Lunatic asylums in Bengal annual reports 1899-1911 - 1899-1911
Year: 1899
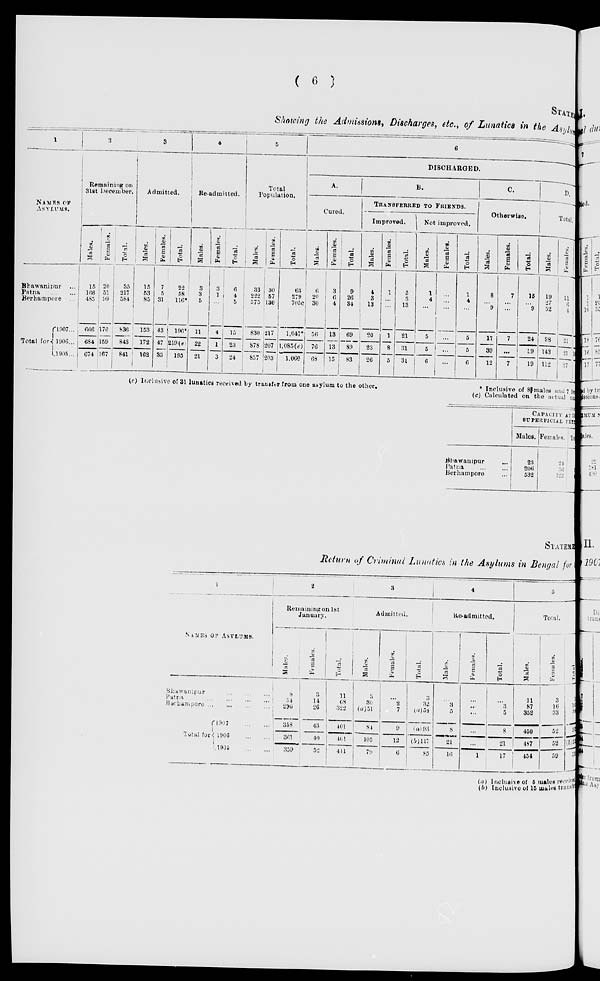
( 6 )
STATEMENT
Showing the Admissions, Discharges, etc., of Lunatics in the Asylum
1
NAMES OF
ASYLUMS.
Bhawanipur ...
Patna
...
...
Berhampore ...
Total for
1907...
1906...
1905...
2
Remaining on
31st December.
Males.
15
166
485
666
684
674
Females.
20
51
99
170
159
167
Total.
35
217
584
836
843
841
3
Admitted.
Males.
15
53
85
153
172
162
Females.
7
5
31
43
47
33
Total.
22
58
116*
196*
219(e)
195
4
Re-admitted.
Males.
3
3
5
11
22
21
Females.
3
1
...
4
1
3
Total.
6
4
5
15
23
24
5
Total
Population.
Males.
33
222
575
830
878
857
Females.
30
57
130
217
207
203
Total.
63
279
705c
1,047*
1,085(e)
1,060
6
DISCHARGED.
A.
Cured.
Males.
6
20
30
56
76
68
Females.
3
6
4
13
13
15
Total.
9
26
34
69
89
83
B.
TRANSFERRED TO FRIENDS.
Improved.
Males.
4
3
13
20
23
26
Females.
1
...
...
1
8
5
Total.
5
3
13
21
31
31
Not improved.
Males.
1
4
...
5
5
6
Females.
...
...
...
...
...
...
Total.
1
4
...
5
5
6
C.
Otherwise.
Males.
8
...
9
17
39
12
Females.
7
...
...
7
...
7
Total.
15
...
9
24
39
19
D.
Total.
Males.
19
27
52
98
143
112
Females.
11
6
4
21
21
27
(e) Inclusive of 31 lunatics received by transfer from one asylum to the other.
* Inclusive of 8 males and 7 fe-
(c) Calculated on the actual nu
Bhawanipur
...
Patna
...
...
Berhampore ...
CAPACITY AT 5
SUPERFICIAL FEET
Males.
23
206
532
Females.
24
56
122
Total.
47
262
654
STATEMENT
Return of Criminal Lunatics in the Asylums in Bengal for
1
NAMES OF ASYLUMS.
Bhawanipur
...
...
...
Patna
...
...
...
...
Berhampore ... ... ... ...
Total for
1907 ... ...
1906 ... ...
1905 ... ...
2
Remaining on 1st
January.
Males.
8
54
296
358
361
359
Females.
3
14
26
43
40
52
Total.
11
68
322
401
401
411
3
Admitted.
Males.
3
30
(a)51
84
105
79
Females.
...
2
7
9
12
6
Total.
3
32
(a)58
(a)93
(b)117
85
4
Re-admitted.
Males.
...
3
5
8
21
16
Females.
...
...
...
...
...
1
Total.
...
3
5
8
21
17
5
Total.
Males.
11
87
352
450
487
454
Females.
3
16
33
52
52
59
Total.
14
103
385
502
(b)539
513
(a) Inclusive of 5 males receive
(b) Inclusive of 15 males transfer